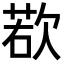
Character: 𪴰